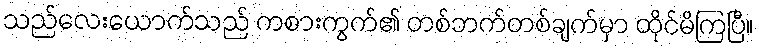
သည်လေးယောက်သည် ကစားကွက်၏ တစ်ဘက်တစ်ချက်မှာ ထိုင်မိကြပြီ။